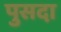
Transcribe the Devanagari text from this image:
पुसदा